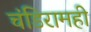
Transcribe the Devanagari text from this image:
चंडिरामही